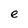
Character: e